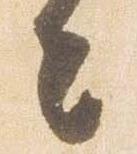
去